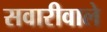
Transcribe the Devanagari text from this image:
सवारीवाले